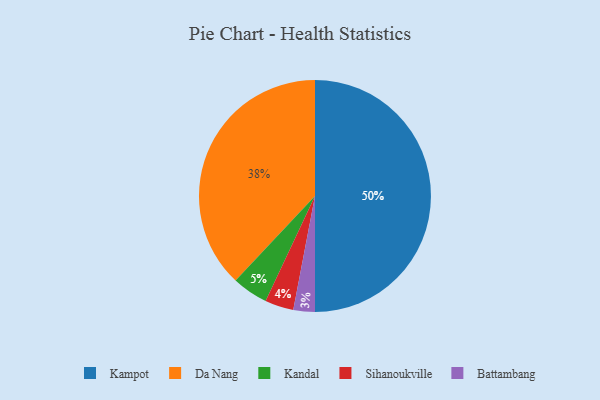
{"axis": {"x": "Category", "y": "Percentage"}, "legend": ["Battambang", "Da Nang", "Kampot", "Kandal", "Sihanoukville"], "data": [{"x": "Da Nang", "y": 38, "type": "Da Nang"}, {"x": "Kampot", "y": 50, "type": "Kampot"}, {"x": "Sihanoukville", "y": 4, "type": "Sihanoukville"}, {"x": "Kandal", "y": 5, "type": "Kandal"}, {"x": "Battambang", "y": 3, "type": "Battambang"}]}